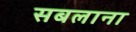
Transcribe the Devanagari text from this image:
सबलाना